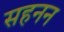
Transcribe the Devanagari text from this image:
सहनन